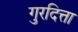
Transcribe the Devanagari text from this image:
गुरदित्ता